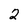
Character: 2